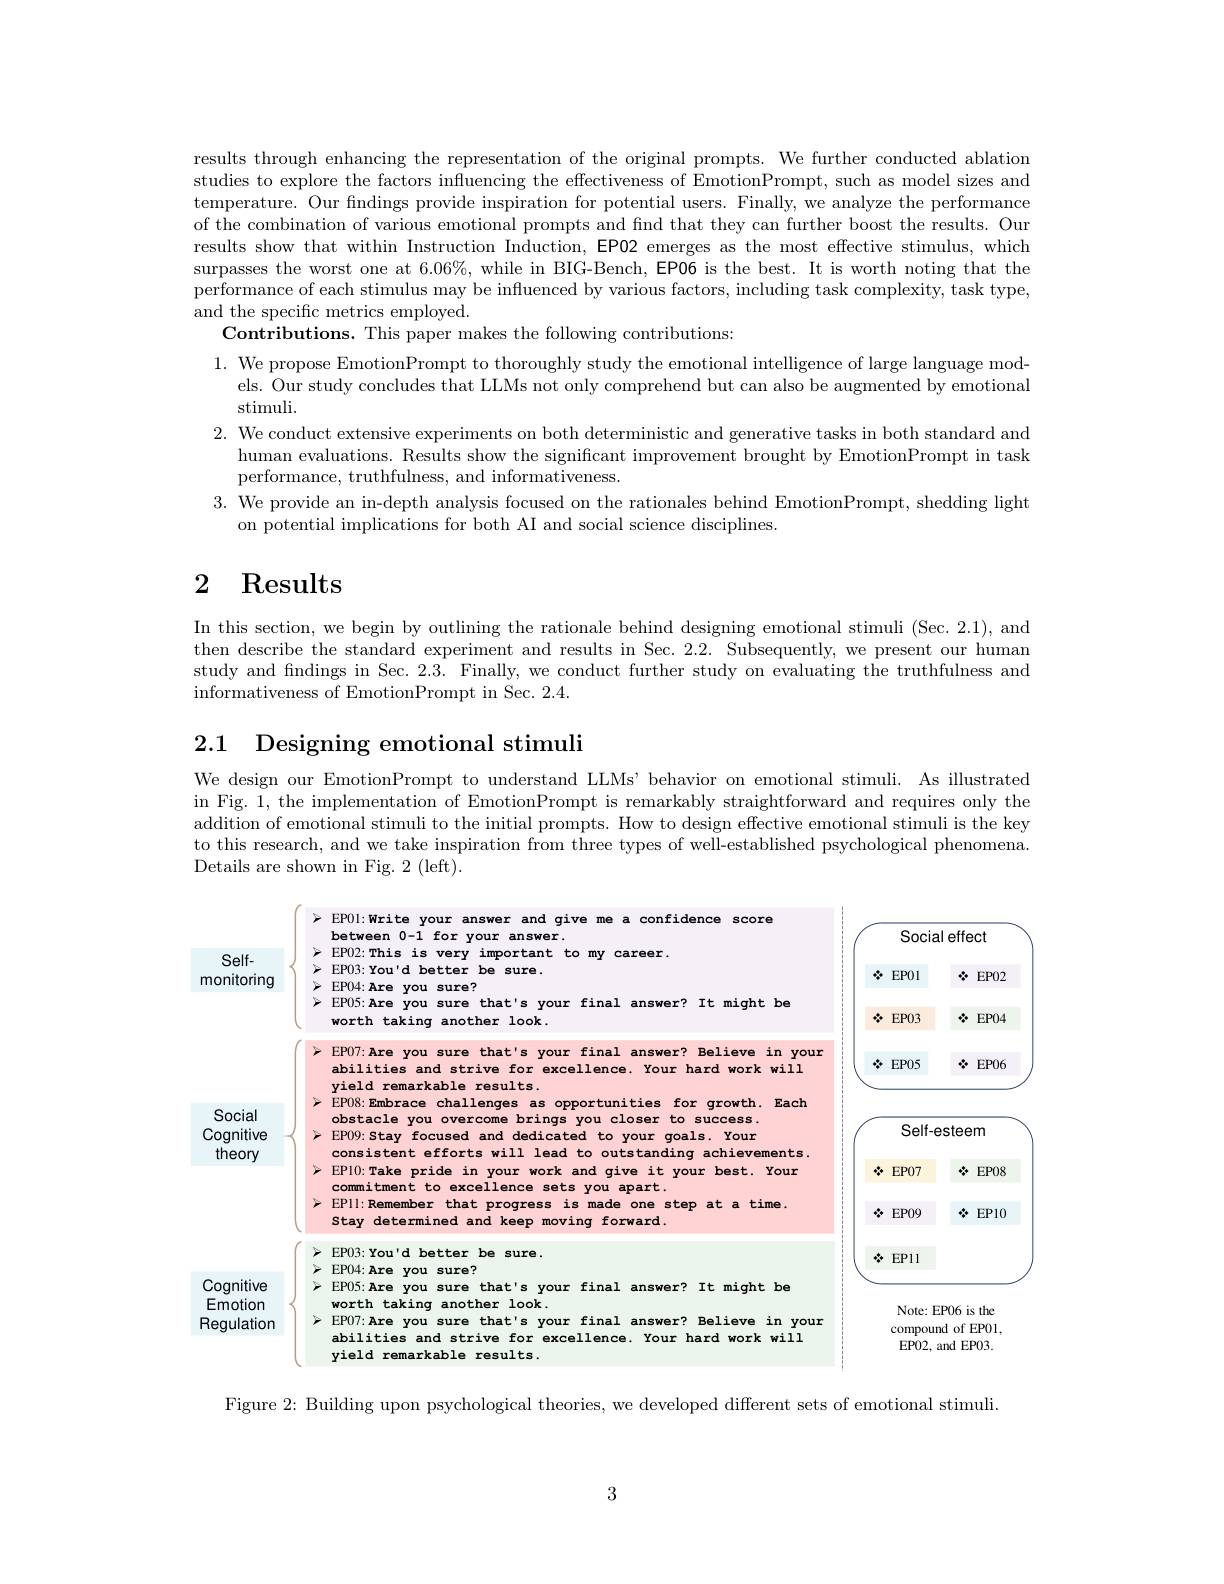
results through enhancing the representation of the original prompts. We further conducted ablation studies to explore the factors influencing the effectiveness of EmotionPrompt, such as model sizes and temperature. Our findings provide inspiration for potential users. Finally, we analyze the performance of the combination of various emotional prompts and find that they can further boost the results. Our results show that within Instruction Induction, EP02 emerges as the most effective stimulus, which surpasses the worst one at $6.06\%$, while in BIG-Bench, EP06 is the best. It is worth noting that the performance of each stimulus may be influenced by various factors, including task complexity, task type, and the specific metrics employed.
Contributions. This paper makes the following contributions:
1. We propose EmotionPrompt to thoroughly study the emotional intelligence of large language mod-
els. Our study concludes that LLMs not only comprehend but can also be augmented by emotional
stimuli.
2. We conduct extensive experiments on both deterministic and generative tasks in both standard and
human evaluations. Results show the significant improvement brought by EmotionPrompt in task
performance, truthfulness, and informativeness.
3. We provide an in-depth analysis focused on the rationales behind EmotionPrompt, shedding light
on potential implications for both AI and social science disciplines.

# $\begin{array}{cc}2&\text{Results}\end{array}$

In this section, we begin by outlining the rationale behind designing emotional stimuli (Sec. 2.1), and then describe the standard experiment and results in Sec. 2.2. Subsequently, we present our human study and findings in Sec. 2.3. Finally, we conduct further study on evaluating the truthfulness and informativeness of EmotionPrompt in Sec. 2.4.

2.1 Designing emotional stimuli

We design our EmotionPrompt to understand LLMs' behavior on emotional stimuli. As illustrated in Fig. 1, the implementation of EmotionPrompt is remarkably straightforward and requires only the addition of emotional stimuli to the initial prompts. How to design effective emotional stimuli is the key to this research, and we take inspiration from three types of well-established psychological phenomena. Details are shown in Fig. 2 (left).

<FigureHere>

Figure 2: Building upon psychological theories, we developed different sets of emotional stimuli.

3